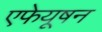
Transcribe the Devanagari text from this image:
एफेयूषन